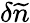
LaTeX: \delta\widetilde n